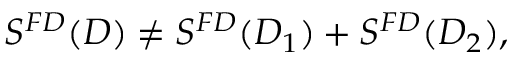
S ^ { F D } ( D ) \ne S ^ { F D } ( D _ { 1 } ) + S ^ { F D } ( D _ { 2 } ) ,